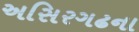
અસિરગઢના